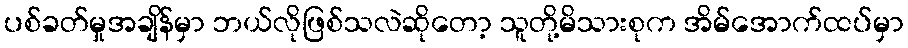
ပစ်ခတ်မှုအချိန်မှာ ဘယ်လိုဖြစ်သလဲဆိုတော့ သူတို့မိသားစုက အိမ်အောက်ထပ်မှာ